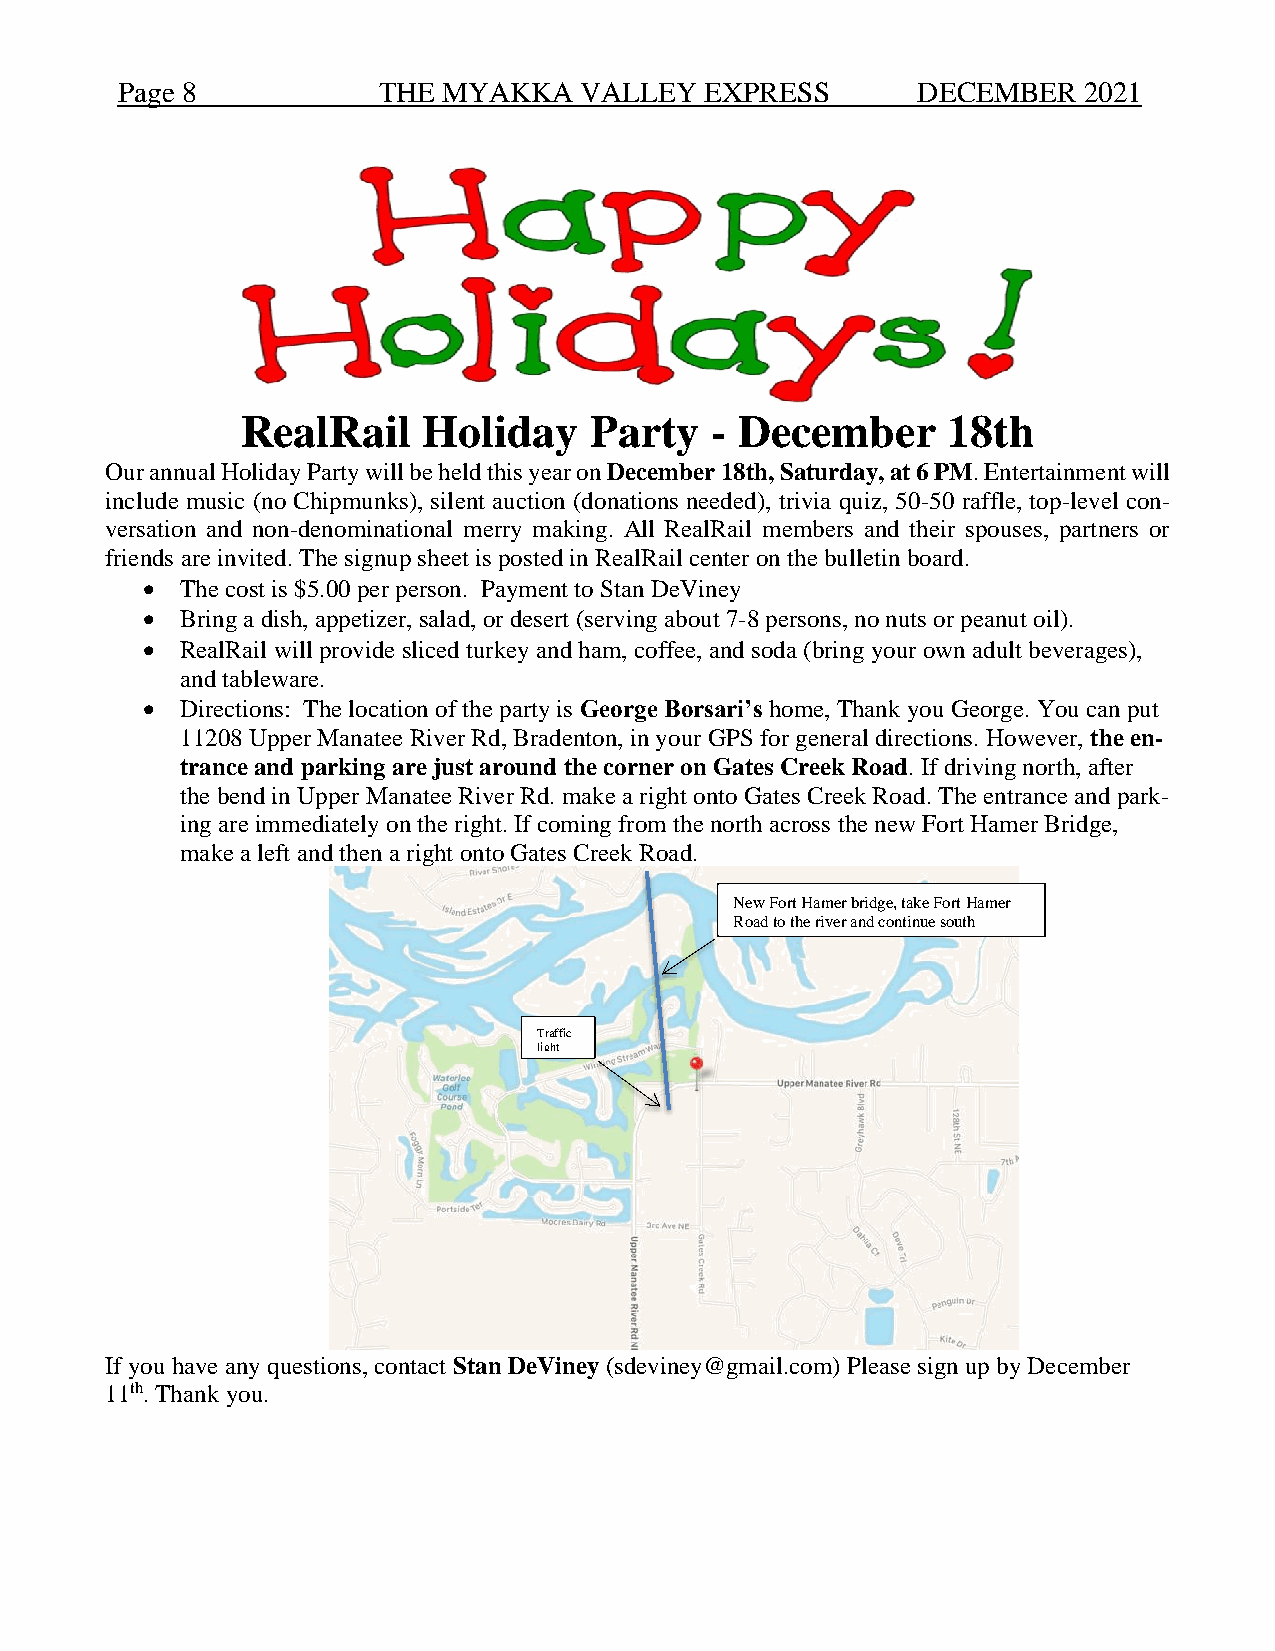
Page 8           THE MYAKKA   VALLEY   EXPRESS       DECEMBER   2021
 RealRail    Holiday    Party   - December      18th
 Our annual Holiday Party will be held this year on December 18th, Saturday, at 6 PM. Entertainment will
 include music (no Chipmunks), silent auction (donations needed), trivia quiz, 50-50 raffle, top-level con-
 versation and non-denominational merry making. All RealRail members and their spouses, partners or
 friends are invited. The signup sheet is posted in RealRail center on the bulletin board.
 •  The cost is $5.00 per person. Payment to Stan DeViney
 •  Bring a dish, appetizer, salad, or desert (serving about 7-8 persons, no nuts or peanut oil).
 •  RealRail will provide sliced turkey and ham, coffee, and soda (bring your own adult beverages),
 and tableware.
 •  Directions: The location of the party is George Borsari’s home, Thank you George. You can put
 11208 Upper Manatee River Rd, Bradenton, in your GPS for general directions. However, the en-
 trance and parking are just around the corner on Gates Creek Road. If driving north, after
 the bend in Upper Manatee River Rd. make a right onto Gates Creek Road. The entrance and park-
 ing are immediately on the right. If coming from the north across the new Fort Hamer Bridge,
 make a left and then a right onto Gates Creek Road.
 New Fort Hamer bridge, take Fort Hamer
 Road to the river and continue south
 Traffic
 light
 If you have any questions, contact Stan DeViney (sdeviney@gmail.com) Please sign up by December
 11th. Thank you.